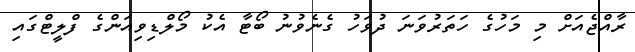
ރާއްޖެއަށް މި މަހުގެ ހަތަރުވަނަ ދުވަހު ގެނެވުނު ބޯޓާ އެކު މޯލްޑިވިއަންގެ ފްލީޓްގައި